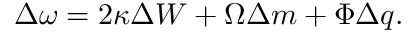
\Delta \omega = 2 \kappa \Delta W + \Omega \Delta m + \Phi \Delta q .